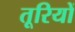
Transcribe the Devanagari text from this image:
तूरियों